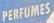
perfumes